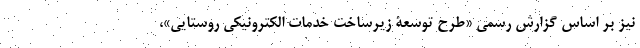
نیز بر اساس گزارش رسمی «طرح توسعۀ زیرساخت خدمات الکترونیکی روستایی»،